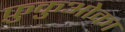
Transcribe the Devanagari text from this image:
फ़ुकुओका